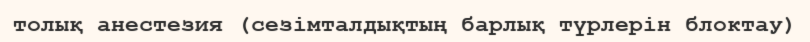
толық анестезия (сезімталдықтың барлық түрлерін блоктау)